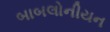
બાબલોનીયન